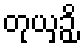
တုယှဉှိ